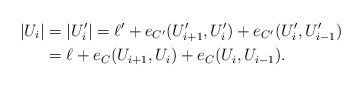
\begin{align*}|U_i|&=|U_i'|=\ell' +e_{C'}(U_{i+1}', U_i')+e_{C'}(U_i', U_{i-1}')\\&=\ell+e_C(U_{i+1}, U_i)+e_C(U_i, U_{i-1}).\end{align*}